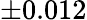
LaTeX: \pm 0.012